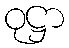
ဝုဋ္ဌာ